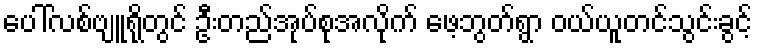
ပေါ်လစ်ဗျူရိုတွင် ဦးတည်အုပ်စုအလိုက် ဖေ့ဘွတ်ရွာ ဝယ်ယူတင်သွင်းခွင့်